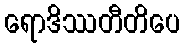
ရောဒိဿတီတိပေ